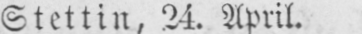
Stettin, 24. April.